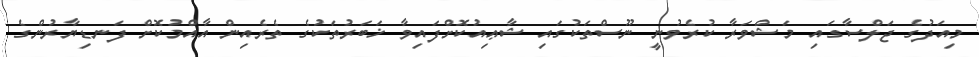
މިއަދުގެ ޖަލްސާގައި މަޝްވަރާ ކުރެވުނީ ނޫސްތަކުގައި ޝާޢިއުކޮށްފައިވާ ޚަބަރުތަކުގެ ތެރެއިން އާއްމުކޮށް ފަނޑިޔާރުންގެ